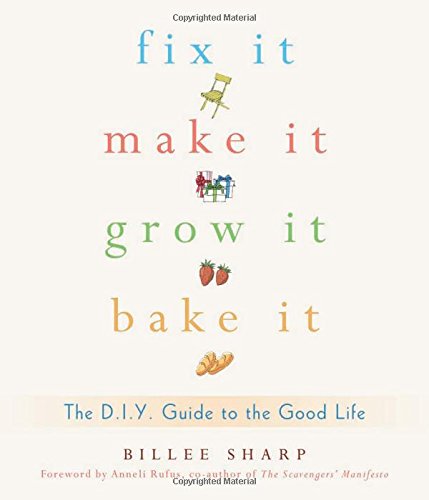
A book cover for Fix It, Make It, Grow It, Bake It: The D.I.Y. Guide to the Good Life; Billee Sharp; Crafts, Hobbies & Home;